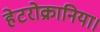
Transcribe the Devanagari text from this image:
हेटरोक्रानिया।